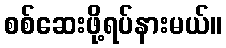
စစ်ဆေးဖို့ရပ်နားမယ်။